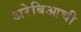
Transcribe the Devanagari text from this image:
अरेबिआची